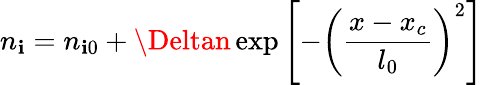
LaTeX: n_{\mathbf{i}}=n_{\mathbf{i}0}+\Deltan\exp\left[-\left(\frac{{x-x_{c}}}{{l_{0}}}\right)^{2}\right]